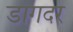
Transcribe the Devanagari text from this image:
डागदर